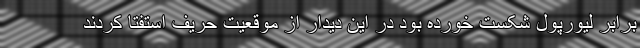
برابر لیورپول شکست خورده بود در این دیدار از موقعیت حریف استفتا کردند